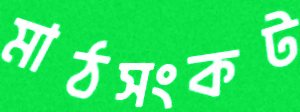
মাঠসংকট